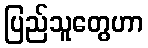
ပြည်သူတွေဟာ